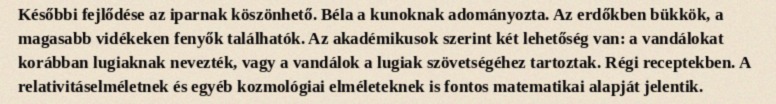
Későbbi fejlődése az iparnak köszönhető. Béla a kunoknak adományozta. Az erdőkben bükkök, a magasabb vidékeken fenyők találhatók. Az akadémikusok szerint két lehetőség van: a vandálokat korábban lugiaknak nevezték, vagy a vandálok a lugiak szövetségéhez tartoztak. Régi receptekben. A relativitáselméletnek és egyéb kozmológiai elméleteknek is fontos matematikai alapját jelentik.